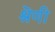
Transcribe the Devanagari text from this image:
श्रॆणी